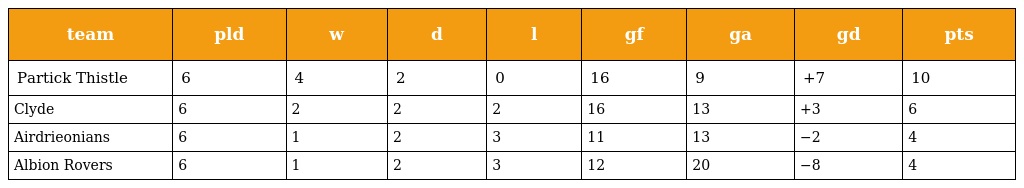
| team | pld | w | d | l | gf | ga | gd | pts |
 | --- | --- | --- | --- | --- | --- | --- | --- | --- |
 | Partick Thistle | 6 | 4 | 2 | 0 | 16 | 9 | +7 | 10 |
 | Clyde | 6 | 2 | 2 | 2 | 16 | 13 | +3 | 6 |
 | Airdrieonians | 6 | 1 | 2 | 3 | 11 | 13 | −2 | 4 |
 | Albion Rovers | 6 | 1 | 2 | 3 | 12 | 20 | −8 | 4 |